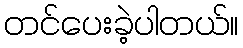
တင်ပေးခဲ့ပါတယ်။